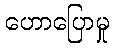
ဟောပြောမှု